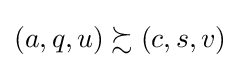
\left(a,q,u\right)\succsim \left(c,s,v\right)